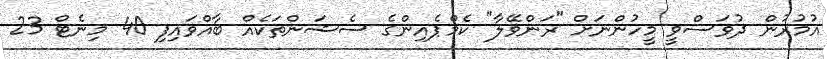
އުމުރުން ދުވަސްވީ މީހުންނަށް "ރަންވޭލާ" ކެމްޕެއިންގެ ސެޝަންތަކެއް ބާއްވައިފި 40 މިނެޓް 23